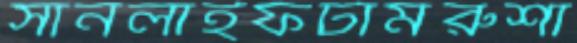
সানলাইফটার্মরুশা